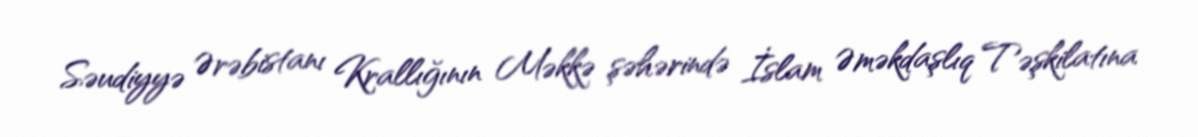
Səudiyyə Ərəbistanı Krallığının Məkkə şəhərində İslam Əməkdaşlıq Təşkilatına